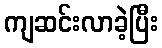
ကျဆင်းလာခဲ့ပြီး